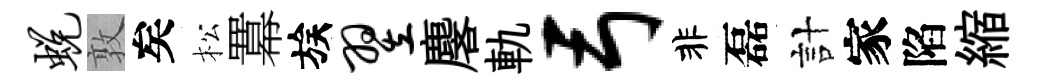
蜕敦矣松羃族翌麐軌弓非磊計家陷縮